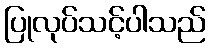
ပြုလုပ်သင့်ပါသည်